Indian journal of veterinary science and animal husbandry - Volumes 26-27, 1956-1957
Year: 1956
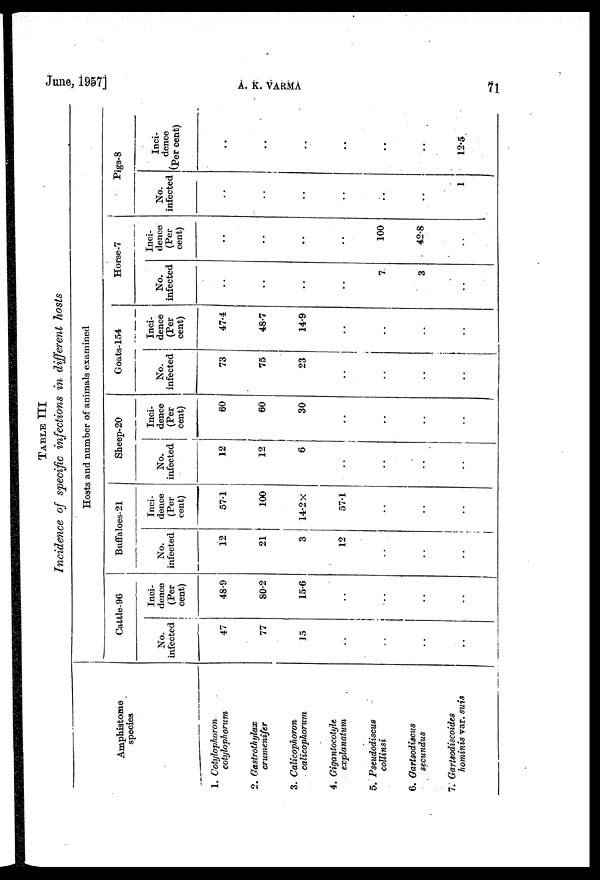
June, 1957]
A.
K.
VARMA
71
TABLE III
Incidence of specific infections in different hosts
Amphistome
species
1. Cotylophoron
cotylovhorum
2. Gastrothylax
crumenifer
3. Calicophoron
calicophorum
4. Gigantocotyle
explanatum
5. Pseudodiscus
collinsi
6. Gartsodiscus
secundus
7. Gartsodiscoides
hominis var. suis
Hosts and number of animals examined
Cattle-96
No.
infected
47
77
15
..
..
..
..
Inci-
dence
(Per
cent)
48.9
80.2
15.6
..
..
..
..
Buffaloes-21
No.
infected
12
21
3
12
..
..
..
Inci¬
dence
(Per
cent)
57.1
100
14.2 ×
57.1
..
..
..
Sheep-20
No.
infected
12
12
6
..
..
..
..
Inci-
dence
(Per
cent)
60
60
30
..
..
..
..
Goats-154
No.
infected
73
75
23
..
..
..
..
Inci¬
dence
(Per
cent)
47.4
48.7
14.9
..
..
..
..
Horse-7
No.
infected
..
..
..
..
7
3
..
Inci-
dence
(Per
cent)
..
..
..
..
100
42.8
..
Pigs-8
No.
infected
..
..
..
..
..
..
1
Inci-
dence
(Per cent)
..
..
..
..
..
..
12.5